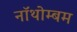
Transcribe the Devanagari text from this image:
नॉथोम्बम